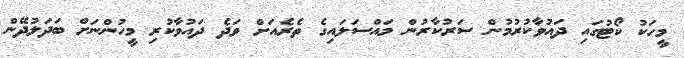
މީހަކު ކޯޓުގައި ދައުވާކުރުމުން ސަރުކާރުން މައްސަލައިގެ ތެރެއަށް ވަދެ ދައުވާކުރި މީހުންނަށް ބަދަލުދޭން